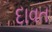
દાવત